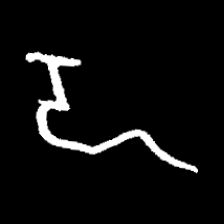
Pyu character \u2014 Myanmar letter: ဍ (romanized: dda)